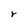
Character: r